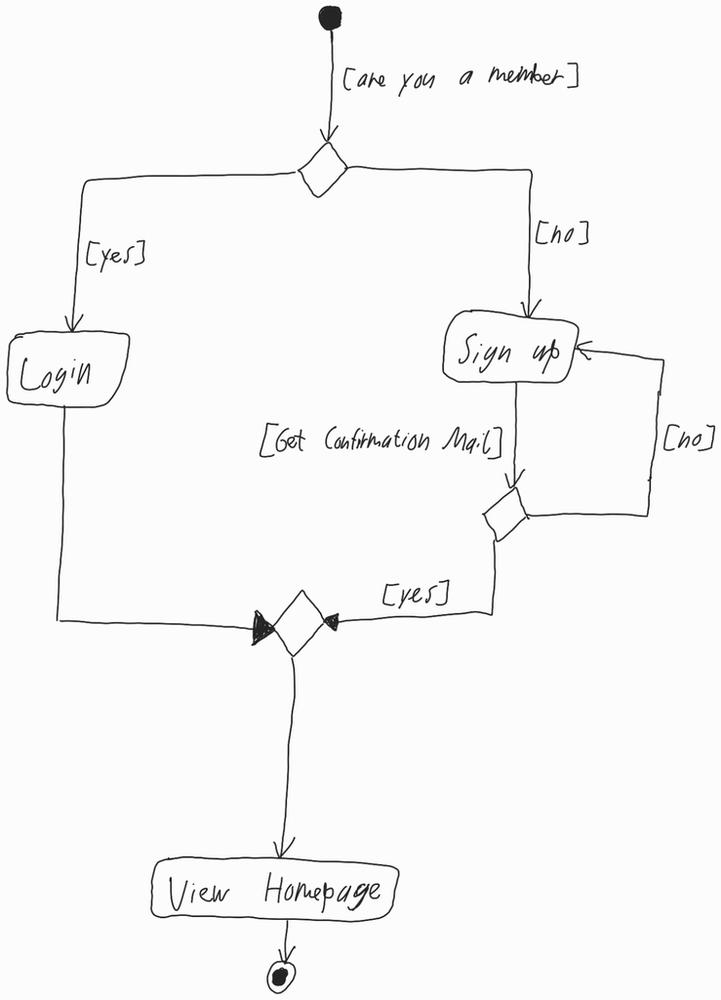
Diagram type: activity_diagram
```plantuml
@startuml

start

-> [are you a member];

if () then ([yes])
  :Login;
else ([no])
  repeat:Sign up;
    -> [Get Confirmation Mail];
  repeat while () is ([no]) not ([yes])
endif

:View Homepage;

stop

@enduml
```